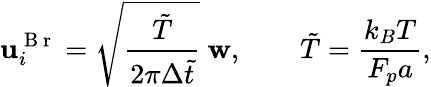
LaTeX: \mathbf{u}_{i}^{\mathrm{~B~r~}}=\sqrt{\frac{\tilde{T}}{2\pi\Delta\tilde{t}}}~\mathbf{w},\qquad\tilde{T}=\frac{k_{B}T}{F_{p}a},